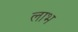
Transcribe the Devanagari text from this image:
लाभ्‍ा